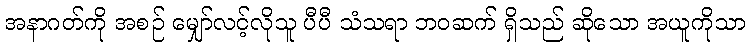
အနာဂတ်ကို အစဉ် မျှော်လင့်လိုသူ ပီပီ သံသရာ ဘဝဆက် ရှိသည် ဆိုသော အယူကိုသာ